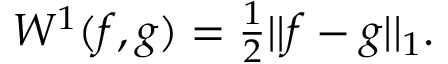
\begin{array} { r } { W ^ { 1 } ( f , g ) = \frac 1 2 | | f - g | | _ { 1 } . } \end{array}